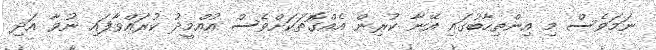
ނަމަވެސް މި އިންތިހާބުގައި އޭނާ ކުރިން އެއްގޮތަކަށްވެސް އުއްމީދު ކުރައްވާފައި ނުވާ އަދި